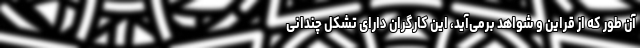
آن طور که از قراین و شواهد برمی‌آید، این کارگران دارای تشکل چندانی